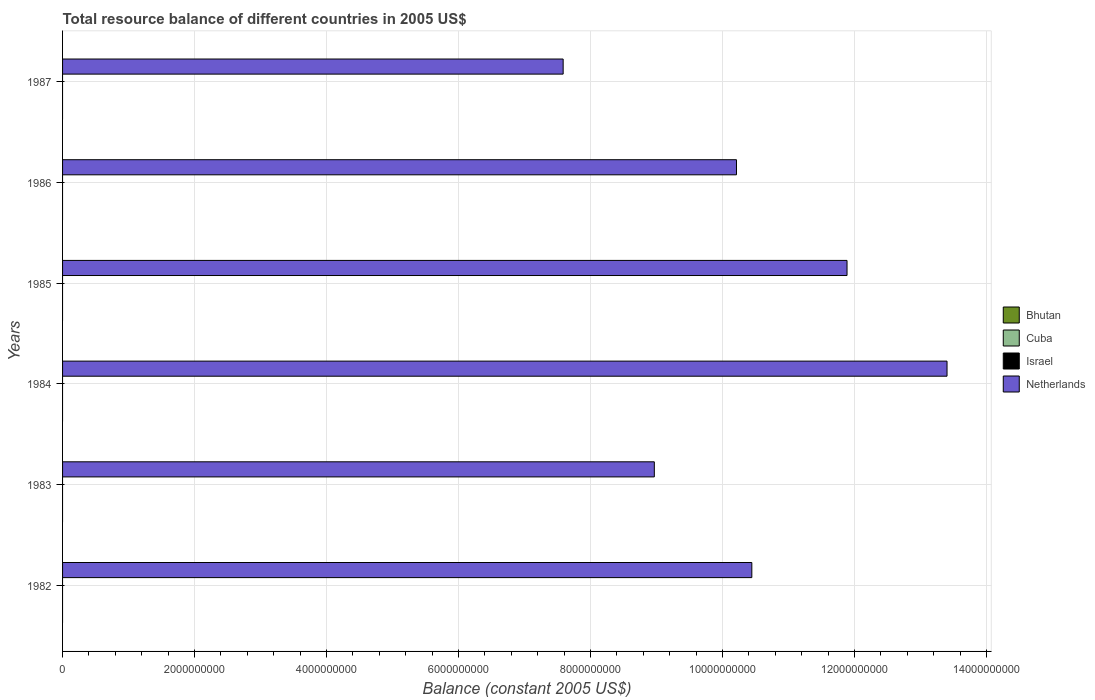
| Years | Bhutan | Cuba | Israel | Netherlands |
 | --- | --- | --- | --- | --- |
 | 1982 | -4.79e+08 | -2.05e+09 | -1.17e+08 | 1.04e+10 |
 | 1983 | -5.64e+08 | -2.18e+09 | -2.78e+08 | 8.97e+09 |
 | 1984 | -6.19e+08 | -2.49e+09 | -1.11e+09 | 1.34e+10 |
 | 1985 | -7.7e+08 | -2.37e+09 | -3.87e+09 | 1.19e+10 |
 | 1986 | -8.83e+08 | -2.43e+09 | -5.7e+09 | 1.02e+10 |
 | 1987 | -4.77e+08 | -2.18e+09 | -1.01e+10 | 7.59e+09 |